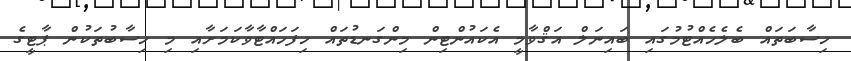
ހިސާބަތައް ބެލެހެއްޓުމުގައި ބައިނަލް އަޤްވާމީ އެކައުންޓިން މިންގަނޑުތައް ހިފަހައްޓާވާކަމަށާއި މި ހިސާބުތަކުން ޕާޓީގެ